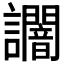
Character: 𧮍